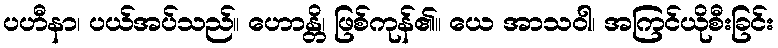
ပဟီနာ၊ ပယ်အပ်သည်။ ဟောန္တိ၊ ဖြစ်ကုန်၏။ ယေ အာသဝါ၊ အကြင်ယိုစီးခြင်း